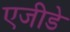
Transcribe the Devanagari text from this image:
एजीडे